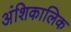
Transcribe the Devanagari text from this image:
अंशिकालिक